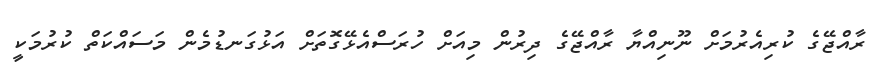
ރާއްޖޭގެ ކުރިއެރުމަށް ނޫނިއްޔާ ރާއްޖޭގެ ދިރުން މިއަށް ހުރަސްއެޅޭގޮތަށް އަޅުގަނޑުމެން މަސައްކަތް ކުރުމަކީ